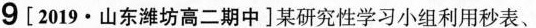
9 【 2019 • 山东潍坊高二期中 】某研究性学习小组利用秒表、